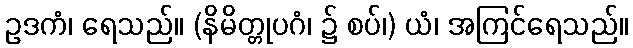
ဥဒကံ၊ ရေသည်။ (နိမိတ္တုပဂံ၊ ၌ စပ်၊) ယံ၊ အကြင်ရေသည်။